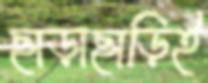
ছাড়াছাড়িই